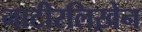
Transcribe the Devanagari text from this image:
नाटीरलिख़ेन